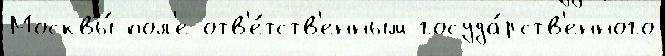
Москвы́ пол'е отв'е́тств'енным госуда́рств'енного